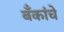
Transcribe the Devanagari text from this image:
बॅंकांचे